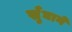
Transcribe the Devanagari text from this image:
सुँघाने